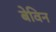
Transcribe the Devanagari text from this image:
बेविन